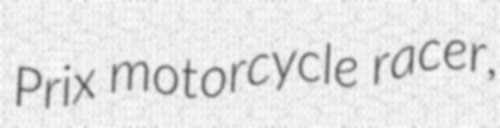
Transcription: Prix motorcycle racer,